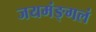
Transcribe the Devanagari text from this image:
जयमंङ्गलं